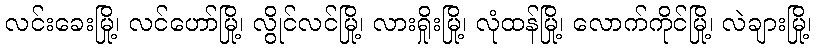
လင်းခေးမြို့၊ လင်ဟော်မြို့၊ လွိုင်လင်မြို့၊ လားရှိုးမြို့၊ လုံထန်မြို့၊ လောက်ကိုင်မြို့၊ လဲချားမြို့၊